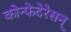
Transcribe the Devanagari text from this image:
कोन्फेदेरेसन्